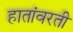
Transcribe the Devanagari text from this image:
हातांवरती